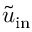
\boldsymbol { \Tilde { u } } _ { \mathrm { i n } }